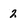
Character: 2